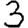
Digit: 3